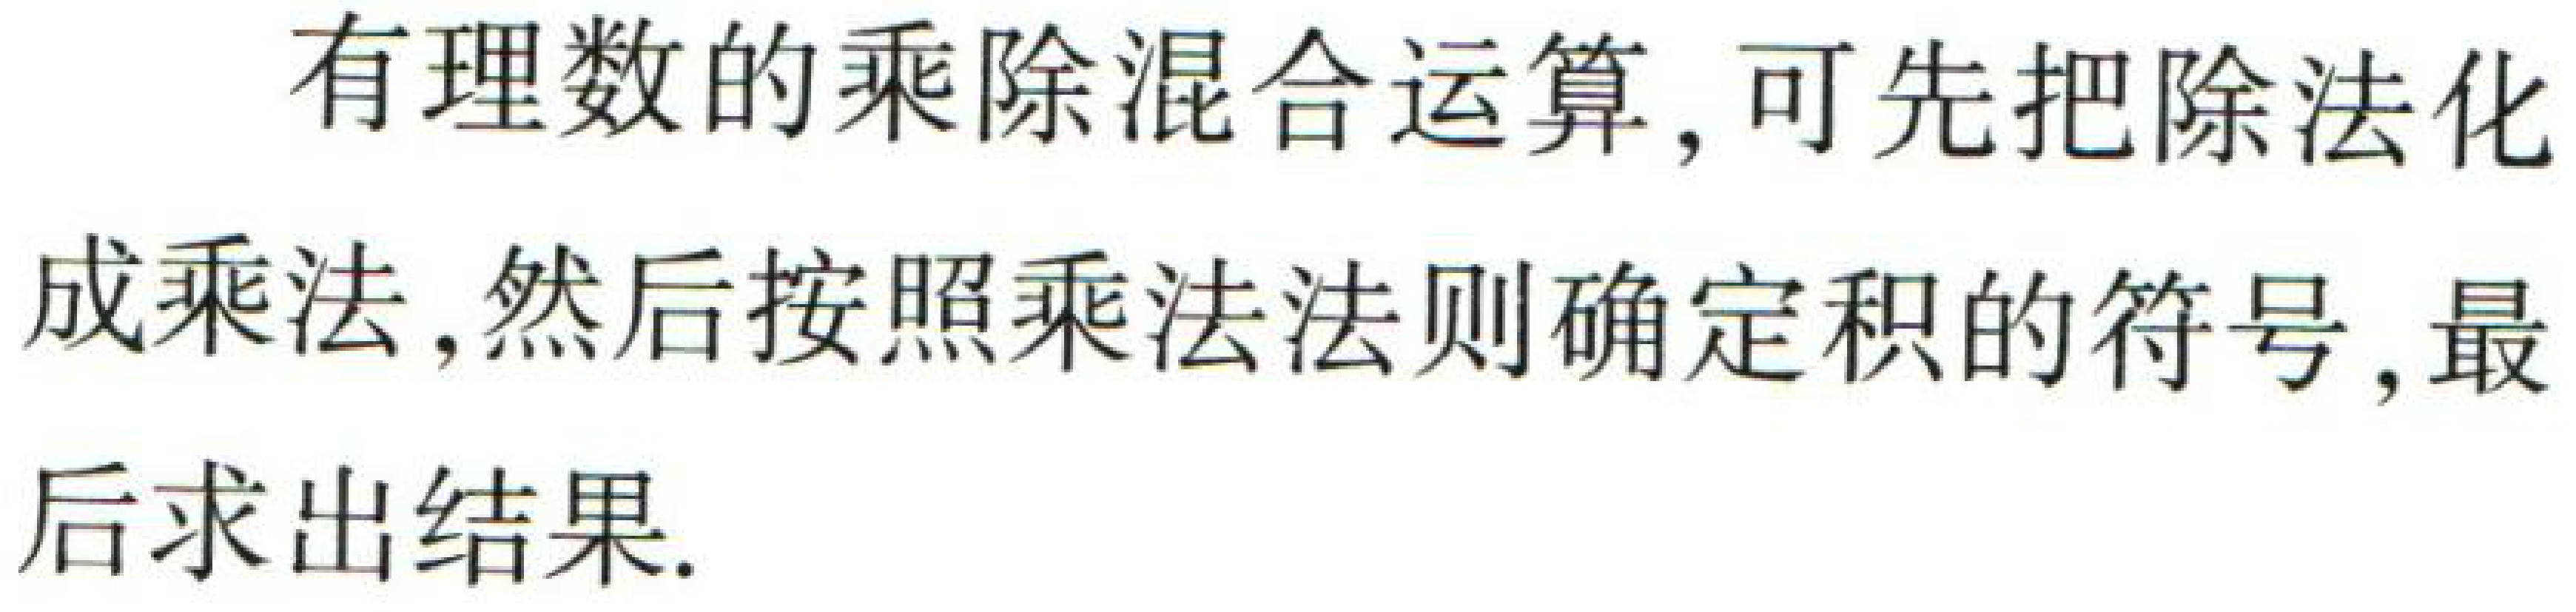
有理数的乘除混合运算, 可先把除法化
成乘法, 然后按照乘法法则确定积的符号, 最
后求出结果.